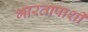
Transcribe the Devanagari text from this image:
भारतापाशी